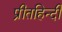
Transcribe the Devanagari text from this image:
प्रीतहिन्दी